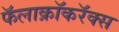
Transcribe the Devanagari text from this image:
फॅलाक्रॉकरॅक्स